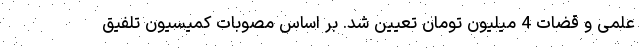
علمی و قضات 4 میلیون تومان تعیین شد. بر اساس مصوبات کمیسیون تلفیق